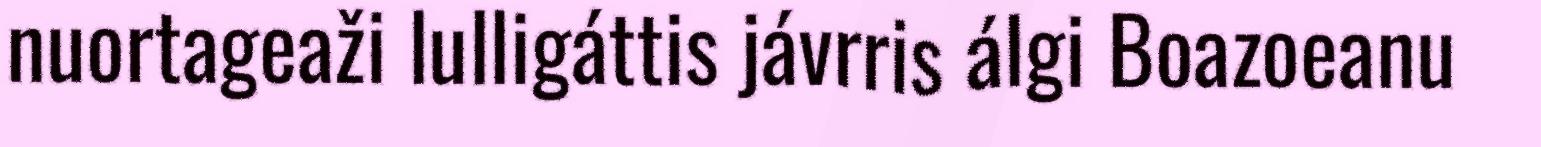
nuortageaži lulligáttis jávrris álgi Boazoeanu